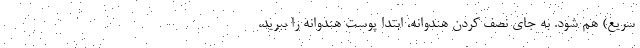
سریع) هم شود. به جای نصف کردن هندوانه، ابتدا پوست هندوانه را ببُرید،